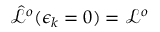
\hat { \mathcal { L } } ^ { o } ( \epsilon _ { k } = 0 ) = \mathcal { L } ^ { o }